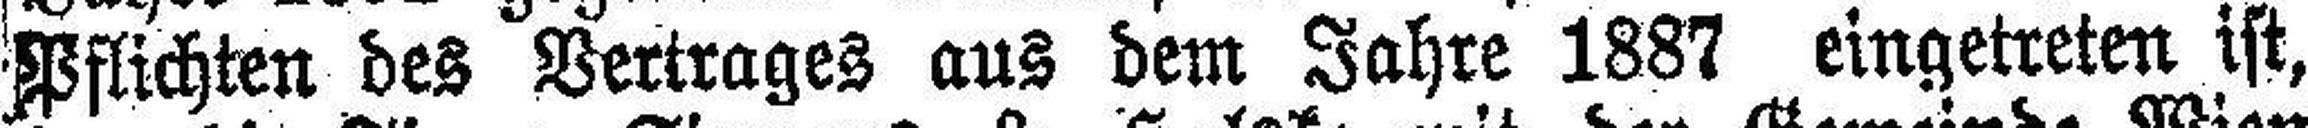
Pflichten des Vertrages aus dem Jahre 1887 eingetreten ist,